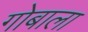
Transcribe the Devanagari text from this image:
गोबाला